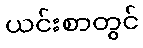
ယင်းစာတွင်